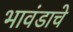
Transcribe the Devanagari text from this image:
भावंडाचे